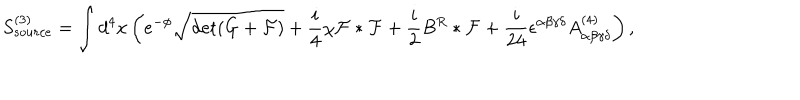
LaTeX: S _ { s o u r c e } ^ { ( 3 ) } = \int d ^ { 4 } x \left( e ^ { - \phi } \sqrt { \det ( G + { \cal F } ) } + { \frac { i } { 4 } } \chi { \cal F } * { \cal F } + { \frac { i } { 2 } } B ^ { R } * { \cal F } + { \frac { i } { 2 4 } } \epsilon ^ { \alpha \beta \gamma \delta } A _ { \alpha \beta \gamma \delta } ^ { ( 4 ) } \right) ,